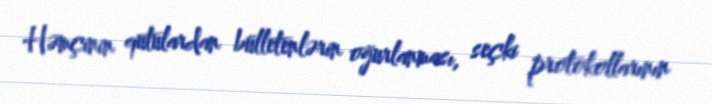
Həmçinin qutulardan bülletenlərin oğurlanması, seçki protokollarının